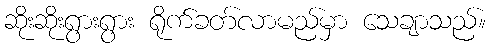
ဆိုးဆိုးရွားရွား ရိုက်ခတ်လာမည်မှာ သေချာသည်။